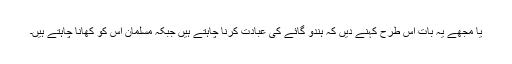
یا مجھے یہ بات اس طرح کہنے دیں کہ ہندو گائے کی عبادت کرنا چاہتے ہیں جبکہ مسلمان اس کو کھانا چاہتے ہیں۔